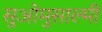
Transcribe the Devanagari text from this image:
सुओमुसाल्मी